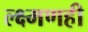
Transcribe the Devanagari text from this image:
ल्क्ष्मणही